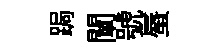
跼闡號蜃